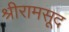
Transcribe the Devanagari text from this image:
श्रीरामसूद